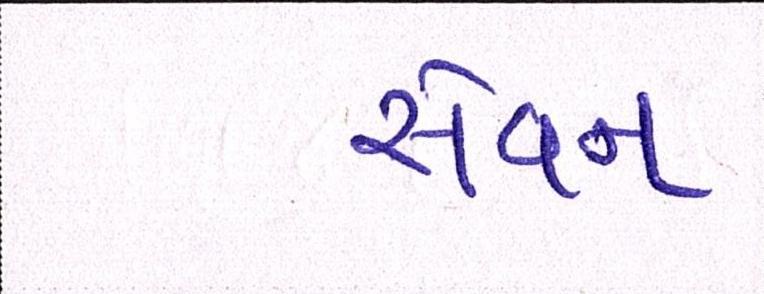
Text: સેવન